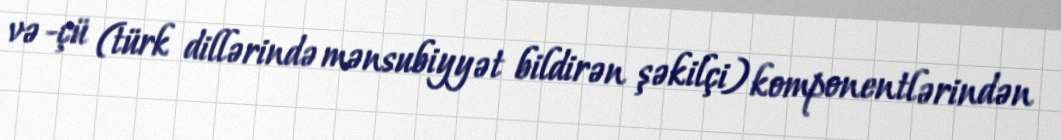
və -çü (türk dillərində mənsubiyyət bildirən şəkilçi) komponentlərindən